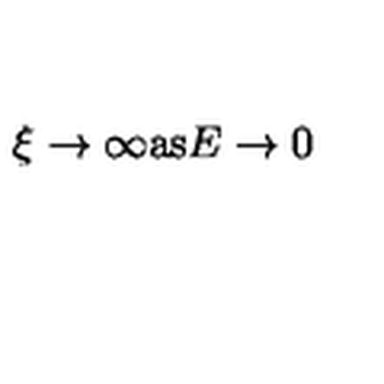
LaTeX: \xi \rightarrow \infty \mathrm { a s } E \rightarrow 0